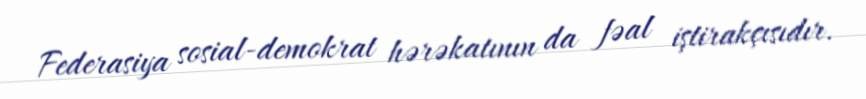
Federasiya sosial-demokrat hərəkatının da fəal iştirakçısıdır.